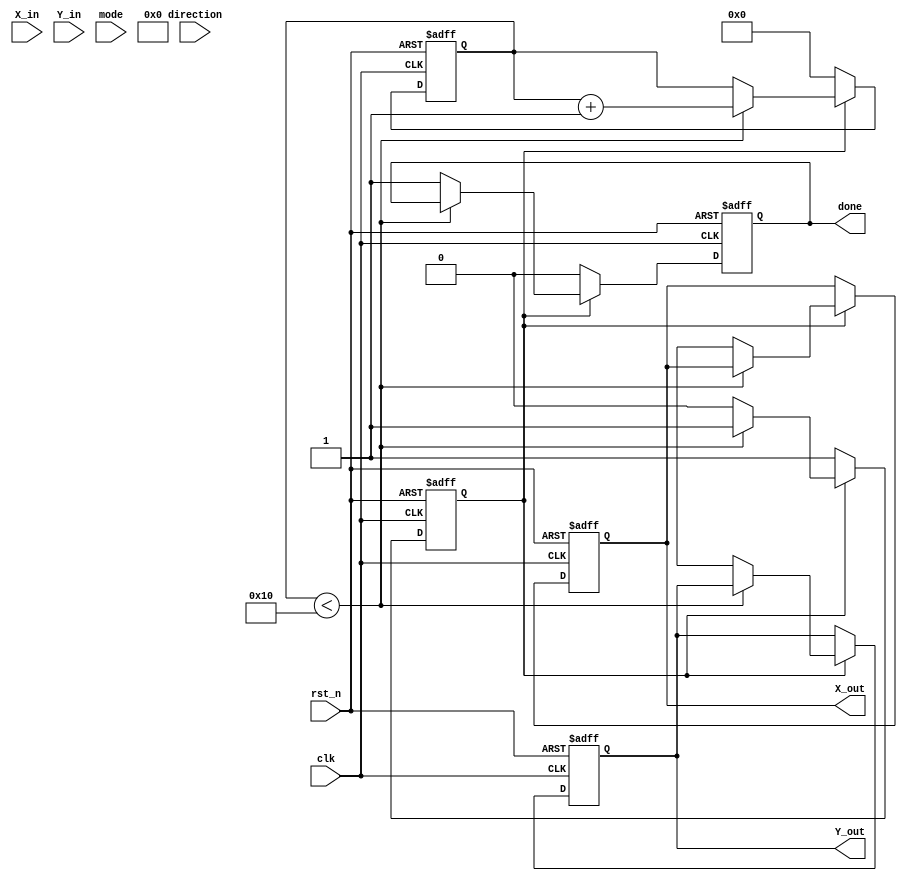
module cordic #(
    parameter DATA_WIDTH = 16,
    parameter ITERATIONS = 16
)(
    input wire clk,
    input wire rst_n,
    input wire [DATA_WIDTH-1:0] X_in,
    input wire [DATA_WIDTH-1:0] Y_in,
    input wire mode, // 0 for rotation, 1 for vectoring
    input wire direction, // 0 for clockwise, 1 for counter-clockwise
    output reg [DATA_WIDTH-1:0] X_out,
    output reg [DATA_WIDTH-1:0] Y_out,
    output reg done
);

    reg [DATA_WIDTH-1:0] X [0:ITERATIONS-1];
    reg [DATA_WIDTH-1:0] Y [0:ITERATIONS-1];
    reg [DATA_WIDTH-1:0] angle [0:ITERATIONS-1];
    reg [4:0] iteration;
    reg [DATA_WIDTH-1:0] scaling_factor;
    reg busy;
    
    // Pre-computed angles for CORDIC
    initial begin
        angle[0] = 16'h26DD; // atan(2^-0)
        angle[1] = 16'h1C71; // atan(2^-1)
        angle[2] = 16'h14AE; // atan(2^-2)
        angle[3] = 16'h0D4A; // atan(2^-3)
        angle[4] = 16'h06A6; // atan(2^-4)
        angle[5] = 16'h0349; // atan(2^-5)
        angle[6] = 16'h01A2; // atan(2^-6)
        angle[7] = 16'h00D4; // atan(2^-7)
        angle[8] = 16'h0062; // atan(2^-8)
        angle[9] = 16'h0031; // atan(2^-9)
        angle[10] = 16'h0018; // atan(2^-10)
        angle[11] = 16'h000C; // atan(2^-11)
        angle[12] = 16'h0006; // atan(2^-12)
        angle[13] = 16'h0003; // atan(2^-13)
        angle[14] = 16'h0001; // atan(2^-14)
        angle[15] = 16'h0001; // atan(2^-15)
    end

    // Scaling factor for CORDIC
    initial begin
        scaling_factor = 16'hB6DB; // approx 0.60725 for 16 iterations
    end

    // CORDIC computation
    always @(posedge clk or negedge rst_n) begin
        if (!rst_n) begin
            X_out <= 0;
            Y_out <= 0;
            done <= 0;
            busy <= 0;
            iteration <= 0;
        end else begin
            if (!busy) begin
                // Initialize
                X[0] <= X_in;
                Y[0] <= Y_in;
                iteration <= 0;
                busy <= 1;
                done <= 0;
            end else if (iteration < ITERATIONS) begin
                // CORDIC rotation logic
                if (mode == 0) begin // Rotation mode
                    if (direction == 0) begin // Clockwise
                        X[iteration + 1] <= X[iteration] + (Y[iteration] >>> iteration);
                        Y[iteration + 1] <= Y[iteration] - (X[iteration] >>> iteration);
                    end else begin // Counter-clockwise
                        X[iteration + 1] <= X[iteration] - (Y[iteration] >>> iteration);
                        Y[iteration + 1] <= Y[iteration] + (X[iteration] >>> iteration);
                    end
                end else begin // Vectoring mode
                    // Vectoring logic can be added here
                end

                // Increment iteration
                iteration <= iteration + 1;
            end else begin
                // Final scaling
                X_out <= X[ITERATIONS] * scaling_factor >>> 15; // Adjust for scaling
                Y_out <= Y[ITERATIONS] * scaling_factor >>> 15; // Adjust for scaling
                done <= 1;
                busy <= 0;
            end
        end
    end

endmodule